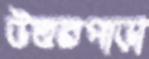
উত্তরপাড়া